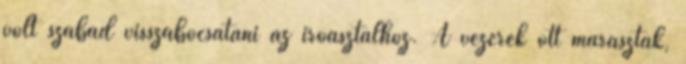
volt szabad visszabocsátani az íróasztalhoz. A vezérek ott maraszták,